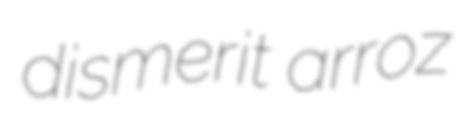
dismerit arroz